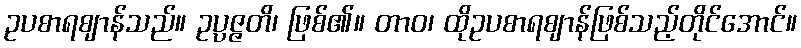
ဥပစာရဈာန်သည်။ ဥပ္ပဇ္ဇတိ၊ ဖြစ်၏။ တာဝ၊ ထိုဥပစာရဈာန်ဖြစ်သည့်တိုင်အောင်။